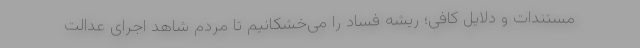
مستندات و دلایل کافی؛ ریشه فساد را می‌خشکانیم تا مردم شاهد اجرای عدالت